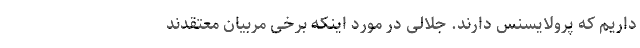
داریم که پرولایسنس دارند. جلالی در مورد اینکه برخی مربیان معتقدند